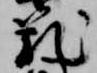
籠